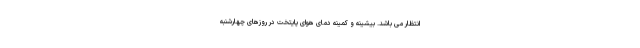
انتظار می باشد. بیشینه و کمینه دمای هوای پایتخت در روزهای چهارشنبه